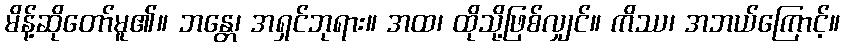
မိန့်ဆိုတော်မူ၏။ ဘန္တေ၊ အရှင်ဘုရား။ အထ၊ ထိုသို့ဖြစ်လျှင်။ ကိဿ၊ အဘယ်ကြောင့်။